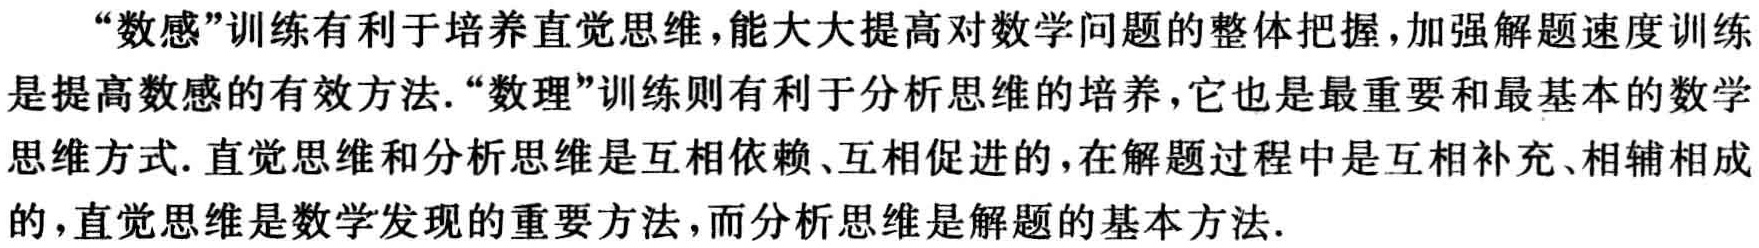
“数感”训练有利于培养直觉思维，能大大提高对数学问题的整体把握，加强解题速度训练是提高数感的有效方法. “数理”训练则有利于分析思维的培养，它也是最重要和最基本的数学思维方式. 直觉思维和分析思维是互相依赖、互相促进的，在解题过程中是互相补充、相辅相成的，直觉思维是数学发现的重要方法，而分析思维是解题的基本方法.